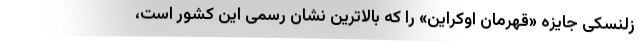
زلنسکی جایزه «قهرمان اوکراین» را که بالاترین نشان رسمی این کشور است،